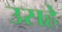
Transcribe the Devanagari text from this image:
उसहे